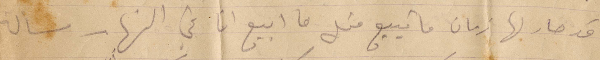
قد صار لها زمان ما تبيع قبل ما ابيع انا في النار مسألة